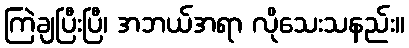
ကြဲချပြီးပြီ၊ အဘယ်အရာ လိုသေးသနည်း။